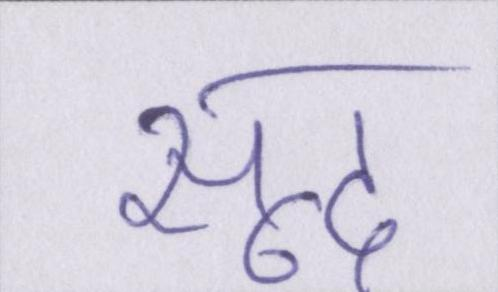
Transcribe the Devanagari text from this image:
सूद